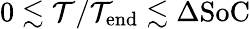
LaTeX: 0\lesssim\mathcal{T}/\mathcal{T}_{\mathrm{{end}}}\lesssim\Delta\mathrm{{SoC}}